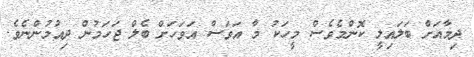
ދިމާއަށް ބަލައިލީ ކޮންމެވެސް މީހަކު މާ އަވަސް އަވަހަށް ބެލް ޖަހަމުން ދިއުމުންނެވެ.